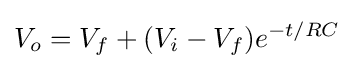
V_{o}=V_{f}+(V_{i}-V_{f})e^{-t/RC}